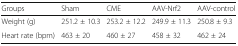
<table><thead><tr><td><b>Groups</b></td><td><b>Sham</b></td><td><b>CME</b></td><td><b>AAV-Nrf2</b></td><td><b>AAV-control</b></td></tr></thead><tbody><tr><td>Weight (g)</td><td>251.2 ± 10.3</td><td>253.2 ± 12.2</td><td>249.9 ± 11.3</td><td>250.8 ± 9.3</td></tr><tr><td>Heart rate (bpm)</td><td>463 ± 20</td><td>460 ± 27</td><td>458 ± 32</td><td>462 ± 24</td></tr></tbody></table>